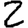
Digit: 2